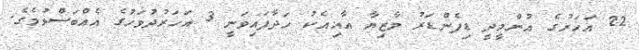
22 އަހަރުގެ އުންމީދީ ޑިފެންޑަރު މާޒިޔާ އާއިއެކު ހަދާފައިވަނީ 3 އަހަރުދުވަހުގެ އެއްބަސްވުމެގެ.